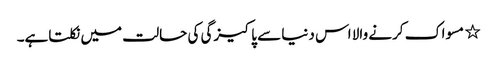
٭ مسواک کرنے والا اس دنیا سے پاکیزگی کی حالت میں نکلتاہے۔